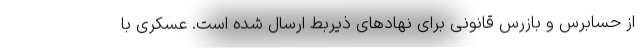
از حسابرس و بازرس قانونی برای نهادهای ذیربط ارسال شده است. عسکری با